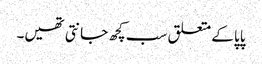
پاپا کے متعلق سب کچھ جانتی تھیں۔